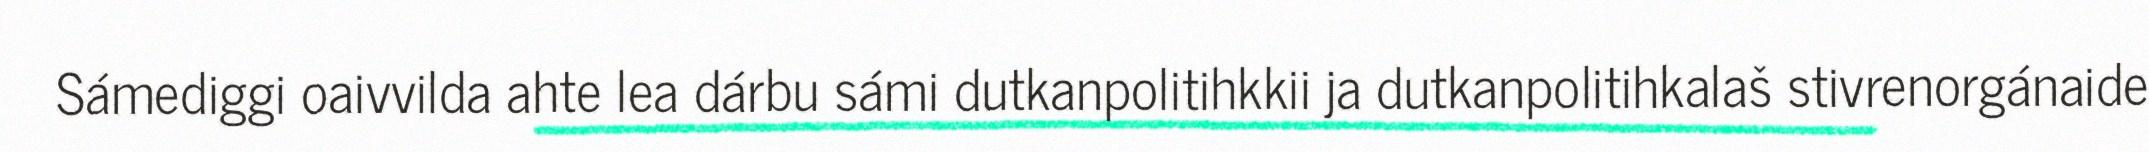
Sámediggi oaivvilda ahte lea dárbu sámi dutkanpolitihkkii ja dutkanpolitihkalaš stivrenorgánaide